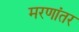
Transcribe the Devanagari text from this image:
मरणांतर